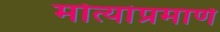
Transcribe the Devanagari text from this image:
मोत्यांप्रमाणे